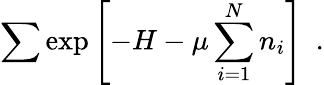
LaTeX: \sum\exp{\left[-H-\mu\sum_{i=1}^{N}n_{i}\right]}\ \ .